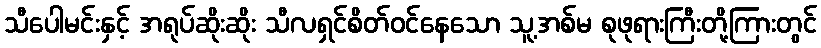
သီပေါမင်းနှင့် အရုပ်ဆိုးဆိုး သီလရှင်စိတ်ဝင်နေသော သူ့အစ်မ စုဖုရားကြီးတို့ကြားတွင်